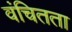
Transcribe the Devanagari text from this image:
वंचितता